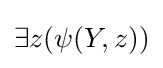
\exists z(\psi (Y,z))